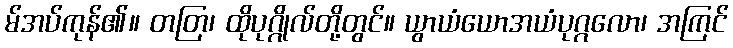
မ်အပ်ကုန်၏။ တတြ၊ ထိုပုဂ္ဂိုလ်တို့တွင်။ ယွာယံယောအယံပုဂ္ဂလော၊ အကြင်